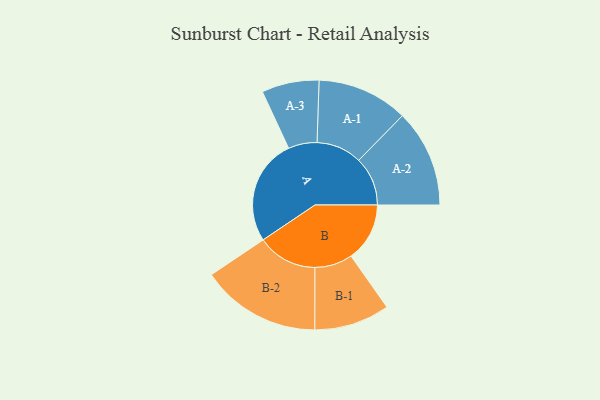
{"axis": {"x": "Segment", "y": "Value"}, "legend": ["", "A", "B"], "data": [{"x": "A", "y": 410, "type": ""}, {"x": "B", "y": 227, "type": ""}, {"x": "A-1", "y": 176, "type": "A"}, {"x": "A-2", "y": 189, "type": "A"}, {"x": "A-3", "y": 111, "type": "A"}, {"x": "B-1", "y": 146, "type": "B"}, {"x": "B-2", "y": 232, "type": "B"}]}